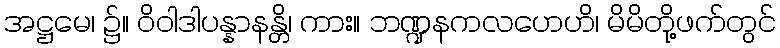
အဋ္ဌမေ၊ ၌။ ဝိဝါဒါပန္နာနန္တိ၊ ကား။ ဘဏ္ဍနကလဟေဟိ၊ မိမိတို့ဖက်တွင်